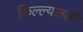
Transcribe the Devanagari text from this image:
किल्ल्यातली